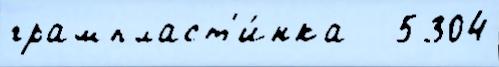
грампласт'и́нка   5304